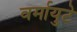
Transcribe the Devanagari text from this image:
वर्मायुटे